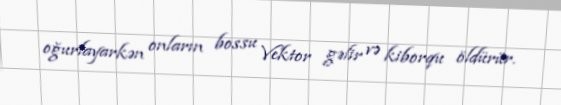
oğurlayarkən onların bossu Vektor gəlir və kiborqu öldürür.